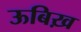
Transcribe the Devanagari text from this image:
ऊबिख़